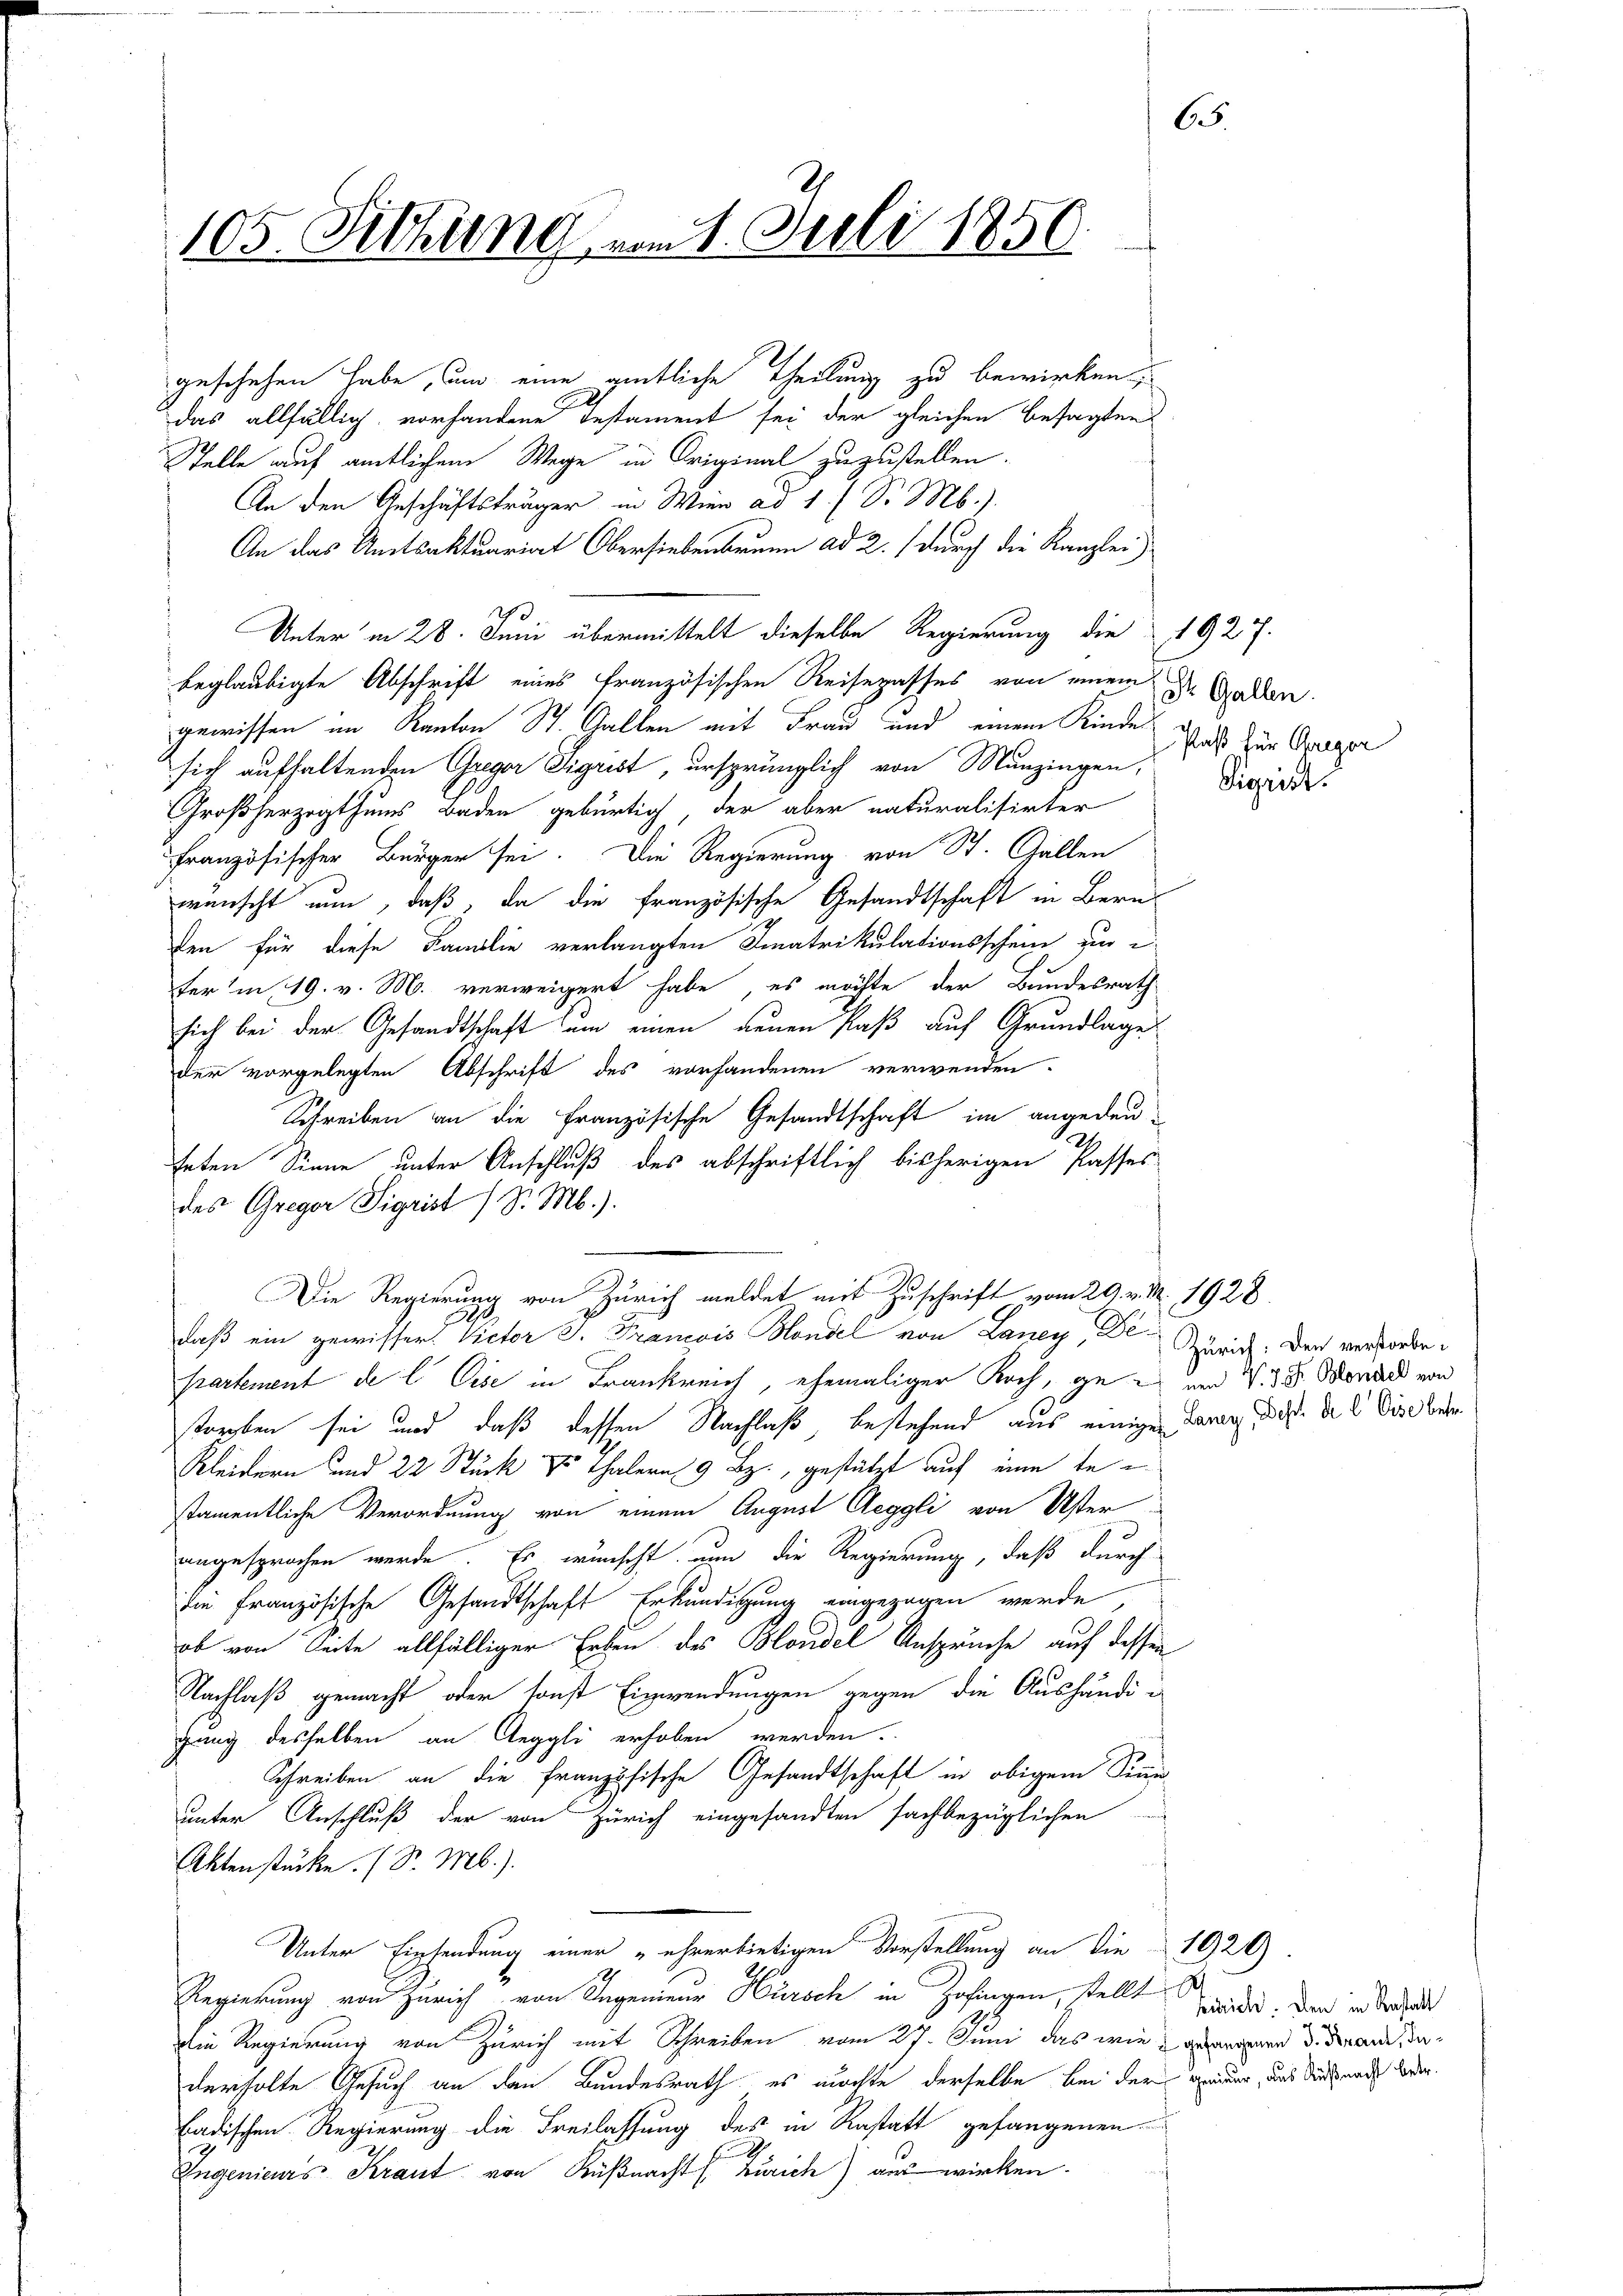
65.
105. Sitzung, am 1. Juli 1850

geschehen habe, um eine gütliche Theilung zu bewirken,
das allfällig, vorhandene Testament sei der gleichen besagten
Stelle auf amtlichem Wege in Original zuzustellen.
An den Geschäftsträger in Wien ad 1. d. M.).
An das Amtsaktuariat Obersiebenbrunn ad 2. (durch die Kanzlei
1
Unter in 28. Juni übermittelt dieselbe Regierung die 1927.
beglaubigte Abschrift eines französischen Reisepasses von einem
gewissen im Kanton St. Gallen mit Frau und einem Kinde das zur Gegen
sich aufhaltenden Greger Sigrist, ursprünglich von Munzingen, Diezind-
Großherzogthums Baden gebürtig, der aber naturalisirter
Französischer Bürger sei. Die Regierung von St. Gallen
wünscht nun, daß, da die französische Gesandtschaft in Berns
2
den für diese Familie verlangten Fiatrikulationsschein zu
ter’m 19. v. M. verweigert habe, es möchte der Bundesrath
sich bei der Gesandtschaft um einen neuen Paß auf Grundlages
der vorgelegten Abschrift des vorhandenen verwenden.
Schreiben an die Französische Gesandtschaft im angedeu¬
2.
teten Sinne unter Anschluß des abschriftlich bisherigen Passes
des Greyer Sigrist (S. M.).
Die Regierung von Zürich meldet mit Zuschrift vom 29. v. M. 1928.
daß ein gewisser. Victor J. Francois Handel von Laney, Dr Zürich. Den verworbe¬
Partement de l. Eise in Frankreich, ehemaliger Koch, ge- und 3 Monard von
treiben sei und daß dessen Nachlaß, bestehend aus einigen daran, daß die Wird be
Kleidern und 22 Stück & Thalern 9 Bz., gestützt auf eine te
stamentliche Verordnung von einem August leggli von Uster
angesprochen werde. Es wünscht nun die Regierung, daß durch
die Französische Gesandtschaft Erkundigung eingezogen werde
ob von Seite allfälliger Erben des Blondel Ansprüche auf dessen
Nachlaß gemacht oder sonst Einwendungen gegen die Aushändigung desselben an Aeggli erhoben werden.
Schreiben an die französische Gesandtschaft in obigem Sinne
unter Anschluß der von Zürich eingesandten sachbezüglichen
Aktenstücke. (S. M.).
Unter Einsendung einer „ehrerbietigen Vorstellung an die 1920)
Regierung von Zürich von Tagenieur Härsch in Zofingen, stellt
die Regierung von Zürich mit Schreiben vom 27. Juni das wie en d. daran, daderholte Gesuch an den Bundesrath, es möchte derselbe bei der einer, und diesende bei
badischen Regierung die Freilassung des in Rastatt gefangenen
Ingenieurs Kraut von Küßnacht (Zürich) aus wirken.

Ih Gallen.

Feich. Den in Anstatt